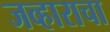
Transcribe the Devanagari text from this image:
जव्हाराचा